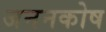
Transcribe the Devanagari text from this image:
जननकोष